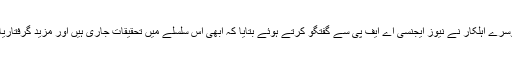
ایف آئی اے کے ایک دوسرے اہلکار نے نیوز ایجنسی اے ایف پی سے گفتگو کرتے ہوئے بتایا کہ ابھی اس سلسلے میں تحقیقات جاری ہیں اور مزید گرفتاریاں عمل میں آ سکتی ہیں۔